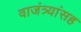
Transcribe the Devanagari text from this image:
वाजंत्र्यांसह